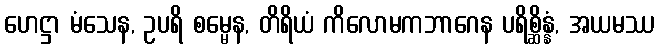
ဟေဋ္ဌာ မံသေန, ဥပရိ စမ္မေန, တိရိယံ ကိလောမကဘာဂေန ပရိစ္ဆိန္နံ, အယမဿ